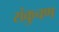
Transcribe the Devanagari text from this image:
संकुचण